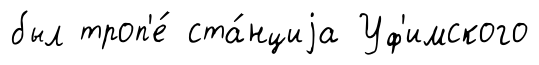
был троп'е́ ста́нциjа Уф'имского